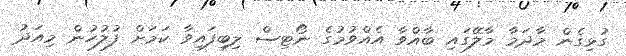
ގުޅިގެން މާދަމާ މާލޭގައި ބާއްވާ އެއްވުމުގެ ނޯޓިސް ލިބިފައިވާ ކަމަށް ފުލުހުން މިއަދު